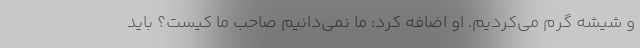
و شیشه گرم می‌کردیم. او اضافه کرد: ما نمی‌دانیم صاحب ما کیست؟ باید